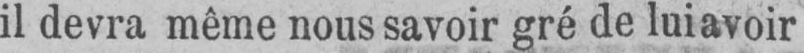
il devra même nous savoir gré de lui avoir